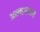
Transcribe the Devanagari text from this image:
अन्त्याराधन